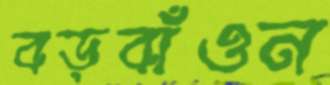
বড়বাঁওন